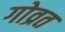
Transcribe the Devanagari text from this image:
गोव्रत